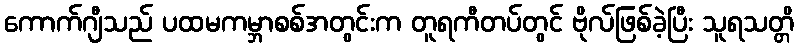
ကောက်ဂျီသည် ပထမကမ္ဘာစစ်အတွင်းက တူရကီတပ်တွင် ဗိုလ်ဖြစ်ခဲ့ပြီး သူရသတ္တိ